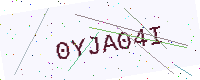
Text: 0YJA04I